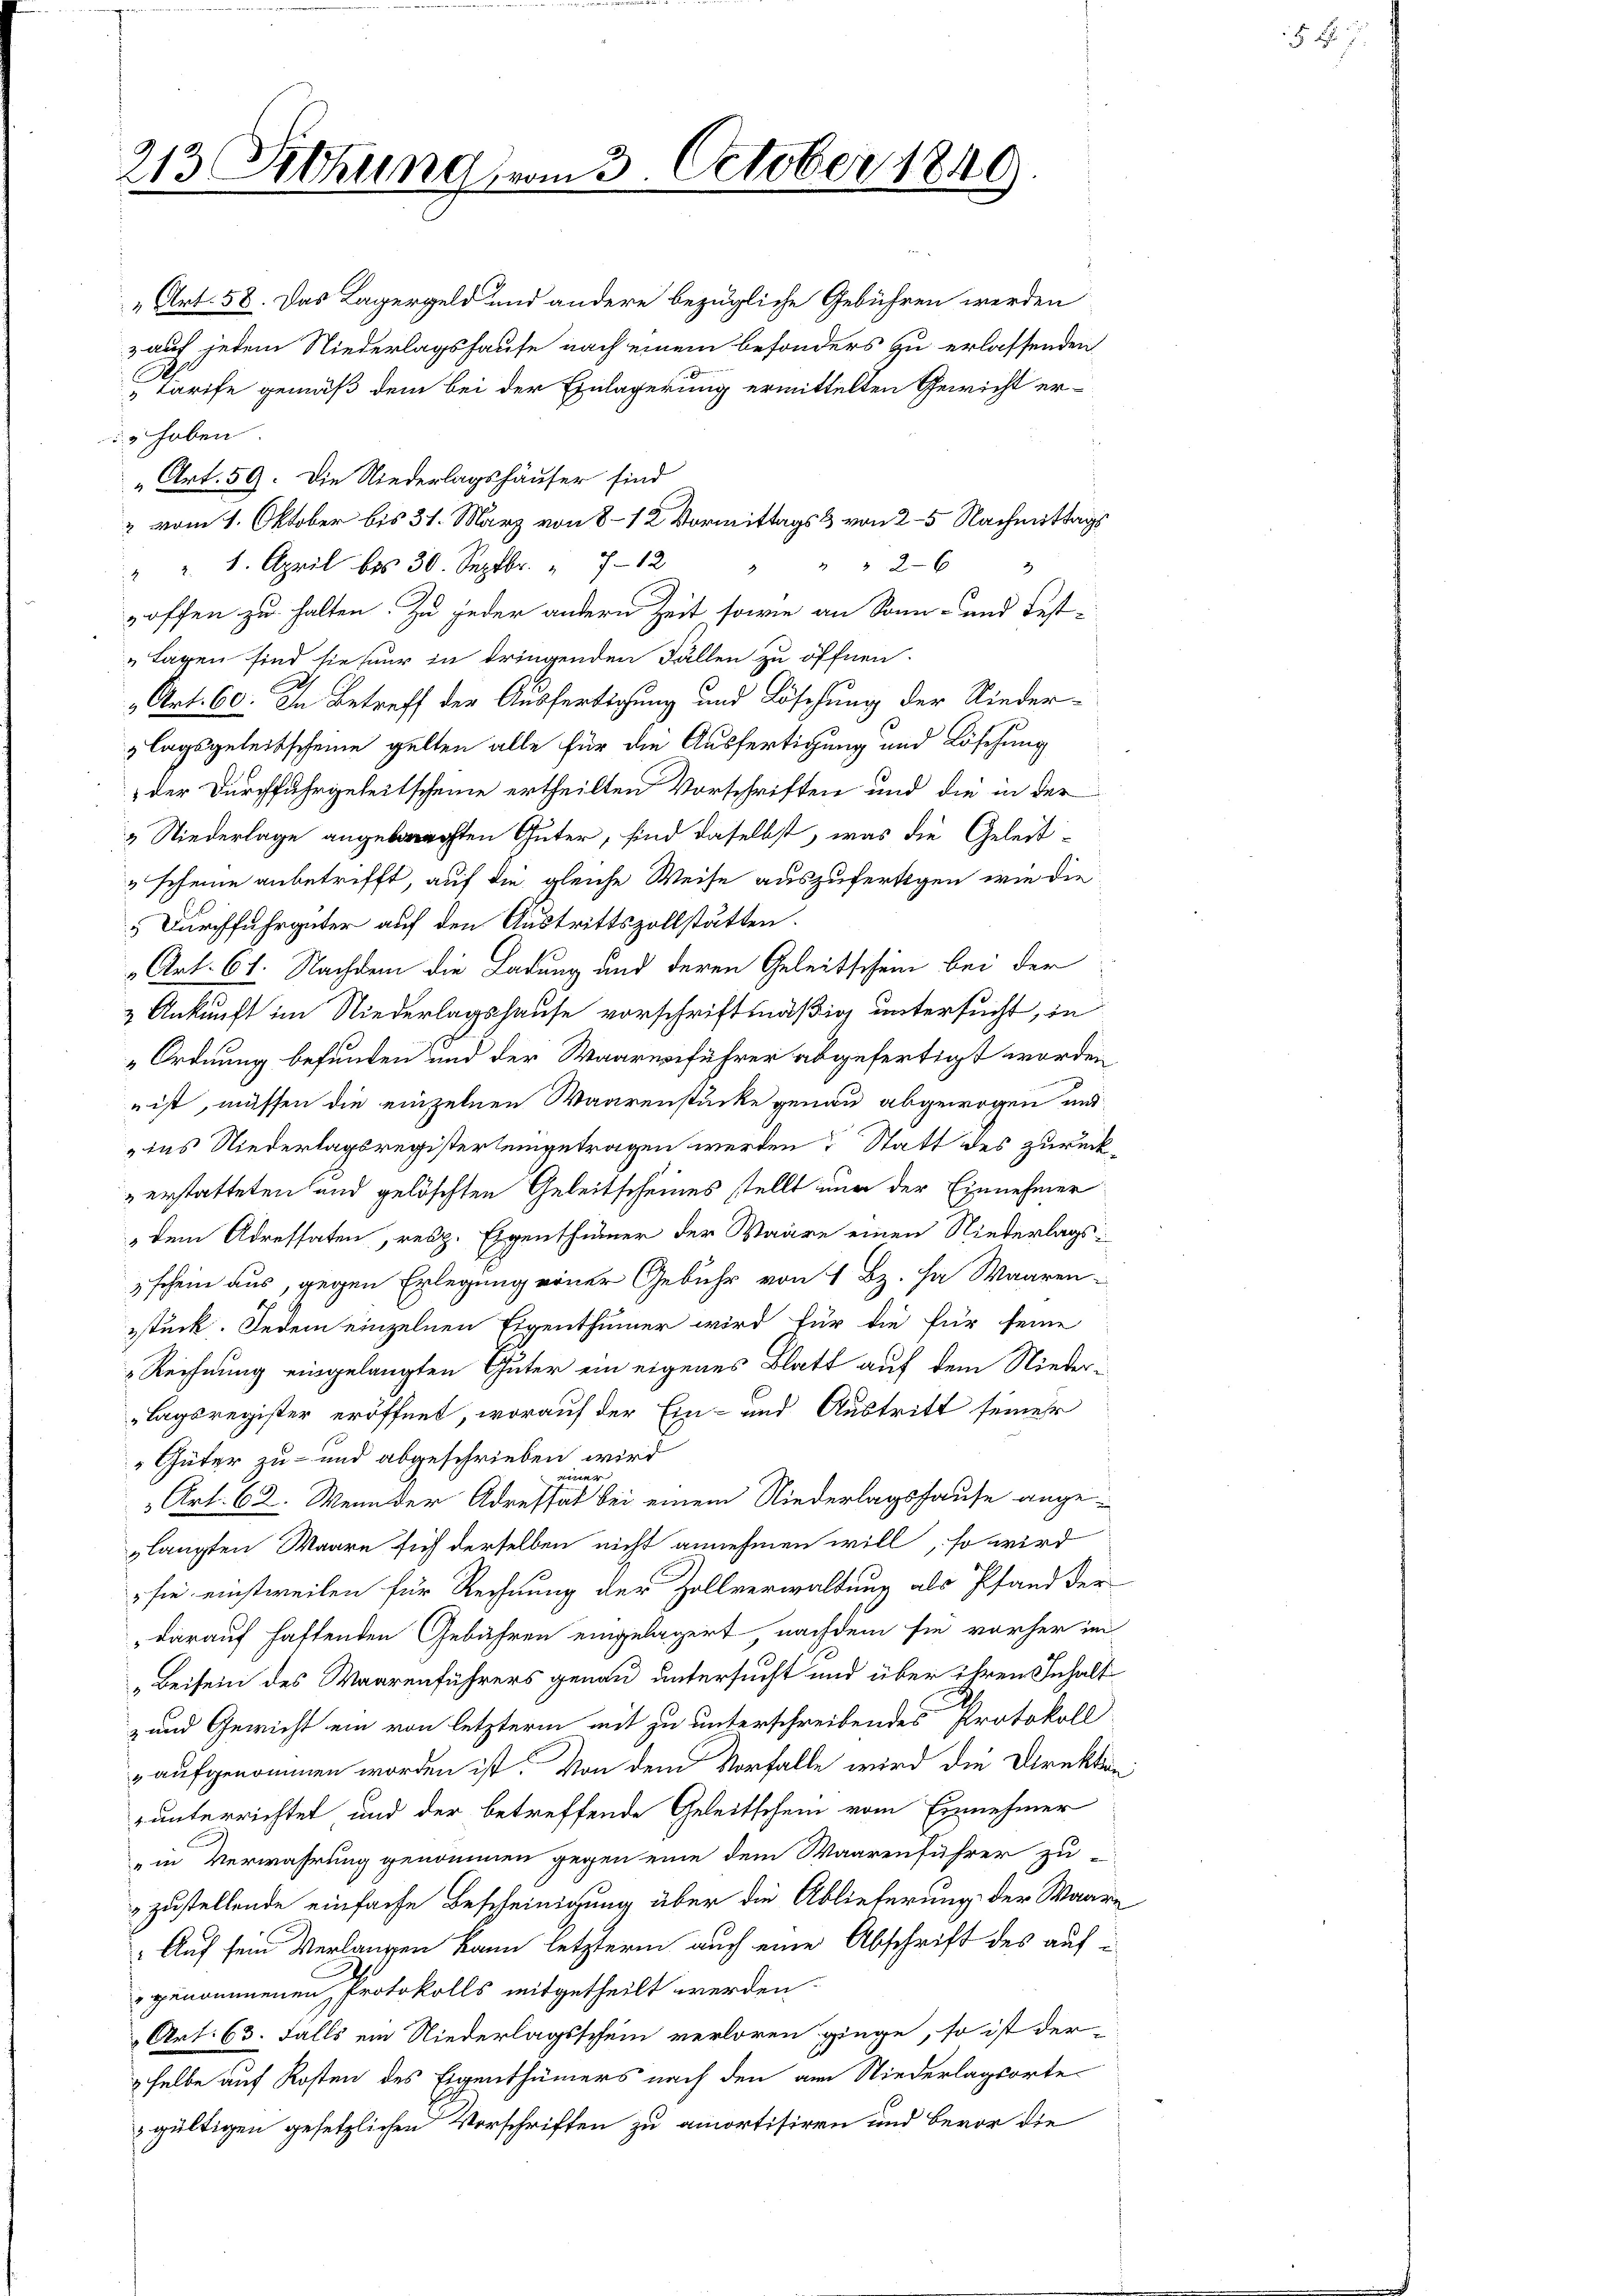
213 Sitzung vom 3. October 1840

„Art. 58. Das Lagergeld und andere bezügliche Gebühren werden
auf jedem Niederlagshause nach einem besonders zu erlassenden
tarife gemäß dem bei der Einlagerung ermittelten Gewicht erhoben.
„Art. 59. Die Niederlagshäuser sind
2 vom 1. Oktober bis 31. März von 8-12 Vormittags & von 2–5 Nachmittags
26
" " 8. April bis 30. Septbr. " 712
3
9
offen zu halten. Zu jeder andern Zeit sowie an Sonn- und Fest-
Lagen sind sie nur in dringenden Fällen zu öffnen.
Art. 60. In Betreff der Ausfertigung und Löschung der Niederlagsgeleitscheine gelten alle für die Ausfertigung und Löschung
der Durchfuhrgeheitscheine ertheilten Vorschriften und die in der
 Niederlage angebrechten Güter, sind daselbst, was die Geleit¬
"scheine anbetrifft, auf die gleiche Weise auszufertigen, wie die
 Durchfuhrgüter auf den Austrittszollstätten.
Art. 61. Nachdem die Ladung und deren Geleitschein bei der
2 Ankunft im Niederlagshause vorschriftmäßig untersucht, in
Ordnung befunden und der Waarenführer abgefertigt worden
 ist, müssen die einzelnen Waarenstücke genau abgewogen und
das Niederlagsregisterteigetragen werden Statt des zurückerstatteten und gelöschten Geleitscheines stellt nun der Einnehmer
dem Adressaten, resp. Eigenthümer der Waare einen Niederlags-
schein aus, gegen Erlegung einer Gebühr von 1 Bz. ha Waaren-
sstück. Jedem einzelnen Eigenthümer wird für die für seine
Rechnung eingelangten Güter ein eigenes Blatt auf dem Nieder¬
Lagsregister eröffnet, worauf der Ein- und Austritt seiner
Güter zu- und abgeschrieben wird
ging
Art. 62. Wenn der Adressat bei einem Niederlagshause angelangten Waare sich derselben nicht annehmen will, so wird
 sie einstweilen für Rechnung der Zollverwaltung als Pfand der
darauf haftenden Gebähren eingelagert, nachdem sie vorher im
„Beisein des Waarenführers genau untersucht und über ihren Inhalt
z und Gewicht ein von letzterm mit zu unterschreibendes Protokoll
aufgenommen worden ist. Von dem Vorfalle wird die Direktion
runterrichtet und der betreffende Geleitschein vom Einnehmer
in Verwahrung genommen gegen eine dem Waarenführer zu-
zustellende einfache Bescheinigung über die Ablieferung der Waare
Auf sein Verlangen kann letztern auch eine Abschrift des auf
genommenen Protokolls mitgetheilt werden.
Art. 63. Falls ein Niederlagsschein verloren ginge, so ist der
sselbe auf Kosten des Eigenthümers nach den am Niederlagsorte
gültigen gesetzlichen Vorschriften zu amortisiren und bevor die